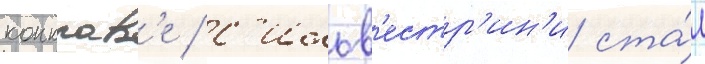
конклав'е / с'ильв'естр'ин'и ста́л